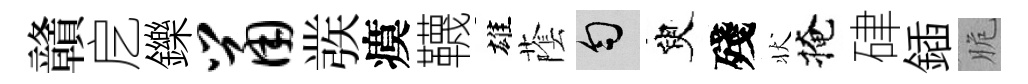
贛戹鑠鼠彂瘼韈雄䕃匀臾殘状掩硉鍤脆